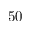
5 0